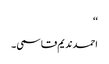
‘‘
احمد ندیم قاسمی ۔